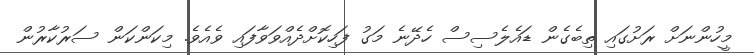
މީހުންނަށް ރަށުގައި ތިބެގެން ޑައެލެސިސް ހެދޭނެ މަގު ފަހިކޮށްދެއްވަވާފައި ވެއެވެ. މިކަންކަން ސަރުކާރުން